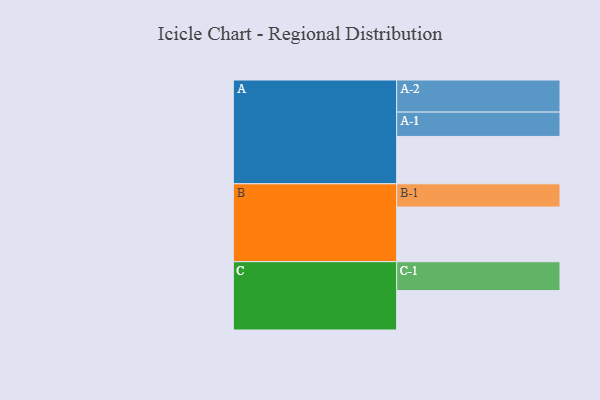
{"axis": {"x": "Segment", "y": "Value"}, "legend": ["", "A", "B", "C"], "data": [{"x": "A", "y": 428, "type": ""}, {"x": "B", "y": 494, "type": ""}, {"x": "C", "y": 356, "type": ""}, {"x": "A-1", "y": 220, "type": "A"}, {"x": "A-2", "y": 290, "type": "A"}, {"x": "B-1", "y": 210, "type": "B"}, {"x": "C-1", "y": 261, "type": "C"}]}